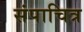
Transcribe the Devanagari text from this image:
संपाचित्र